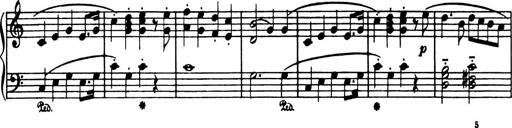
Title: Analytical Sonatinas
Composer: Frank Lynes